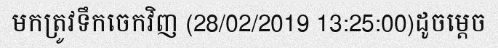
មកត្រូវទឹកចេកវិញ (28/02/2019 13:25:00)ដូចម្តេច